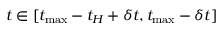
t \in [ t _ { \operatorname* { m a x } } - t _ { H } + \delta t , t _ { \operatorname* { m a x } } - \delta t ]